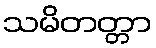
သမိတတ္တာ